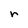
Character: r